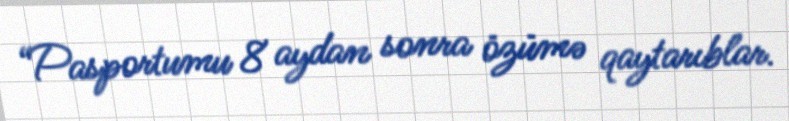
“Pasportumu 8 aydan sonra özümə qaytarıblar.